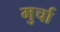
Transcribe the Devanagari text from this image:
मुर्चा